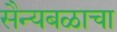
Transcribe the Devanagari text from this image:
सैन्यबळाचा